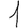
Digit: 1